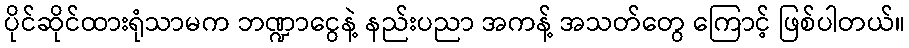
ပိုင်ဆိုင်ထားရုံသာမက ဘဏ္ဍာငွေနဲ့ နည်းပညာ အကန့် အသတ်တွေ ကြောင့် ဖြစ်ပါတယ်။